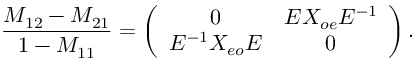
{ \frac { M _ { 1 2 } - M _ { 2 1 } } { 1 - M _ { 1 1 } } } = \left( \begin{array} { c c } { { 0 } } & { { E X _ { o e } E ^ { - 1 } } } \\ { { E ^ { - 1 } X _ { e o } E } } & { { 0 } } \end{array} \right) .